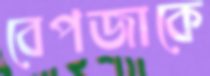
বেপজাকে